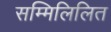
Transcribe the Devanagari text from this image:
सम्मिलिलित